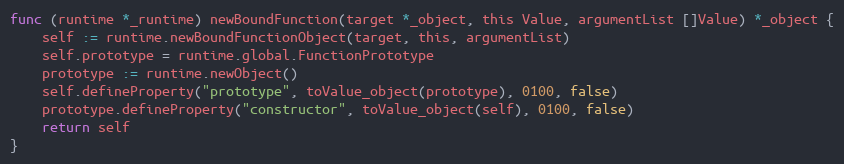
Language: Go
func (runtime *_runtime) newBoundFunction(target *_object, this Value, argumentList []Value) *_object {
	self := runtime.newBoundFunctionObject(target, this, argumentList)
	self.prototype = runtime.global.FunctionPrototype
	prototype := runtime.newObject()
	self.defineProperty("prototype", toValue_object(prototype), 0100, false)
	prototype.defineProperty("constructor", toValue_object(self), 0100, false)
	return self
}